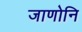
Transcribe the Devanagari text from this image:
जाणोनि